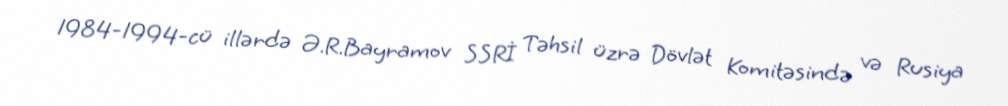
1984-1994-cü illərdə Ə.R.Bayramov SSRİ Təhsil üzrə Dövlət Komitəsində və Rusiya